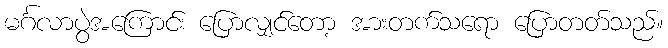
မင်္ဂလာပွဲအကြောင်း ပြောလျှင်တော့ အားတက်သရော ပြောတတ်သည်။